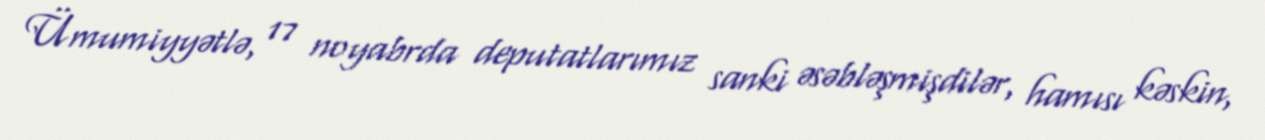
Ümumiyyətlə, 17 noyabrda deputatlarımız sanki əsəbləşmişdilər, hamısı kəskin,